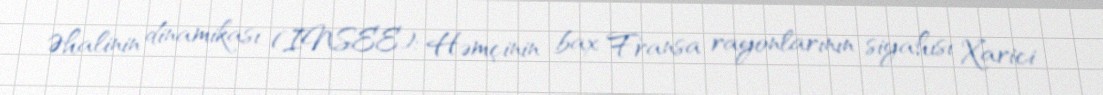
Əhalinin dinamikası (INSEE): Həmçinin bax Fransa rayonlarının siyahısı Xarici